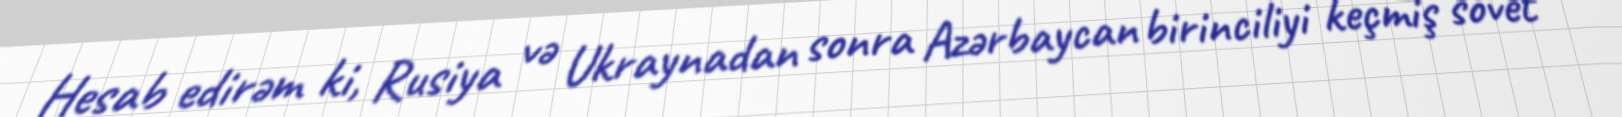
Hesab edirəm ki, Rusiya və Ukraynadan sonra Azərbaycan birinciliyi keçmiş sovet